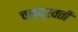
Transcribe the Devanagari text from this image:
चन्द्रवती